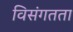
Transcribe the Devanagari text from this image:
विसंगतता